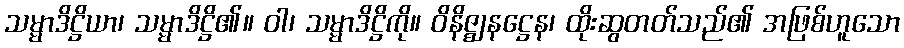
သမ္မာဒိဋ္ဌိယာ၊ သမ္မာဒိဋ္ဌိ၏။ ဝါ၊ သမ္မာဒိဋ္ဌိကို။ ဝိနိဇ္ဈနဋ္ဌေန၊ ထိုးဆွတတ်သည်၏ အဖြစ်ဟူသော